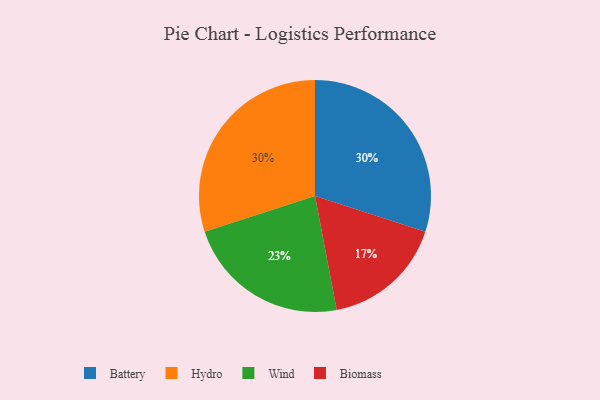
{"axis": {"x": "Category", "y": "Percentage"}, "legend": ["Battery", "Biomass", "Hydro", "Wind"], "data": [{"x": "Battery", "y": 30, "type": "Battery"}, {"x": "Wind", "y": 23, "type": "Wind"}, {"x": "Hydro", "y": 30, "type": "Hydro"}, {"x": "Biomass", "y": 17, "type": "Biomass"}]}